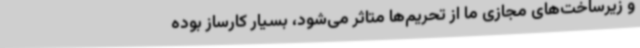
و زیرساخت‌های مجازی ما از تحریم‌ها متاثر می‌شود، بسیار کارساز بوده